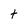
Character: t